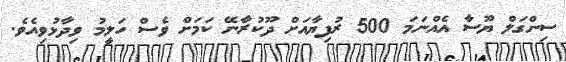
ސިންގަލް ޔޫސާ އެއްނަމަ 500 ރުފިޔާއަށް ދޫކުރާނޭ ކަމަށް ވެސް ހަލީމު ވިދާޅުވިއެވެ.